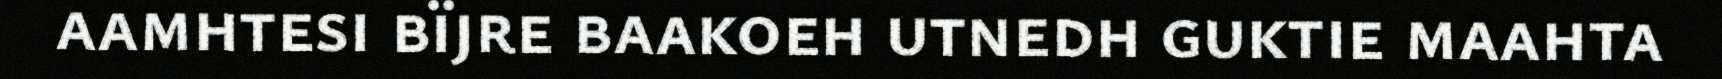
aamhtesi bïjre baakoeh utnedh guktie maahta